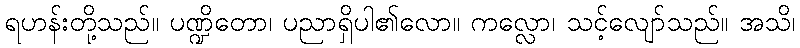
ရဟန်းတို့သည်။ ပဏ္ဍိတော၊ ပညာရှိပါ၏လော။ ကလ္လော၊ သင့်လျော်သည်။ အသိ၊